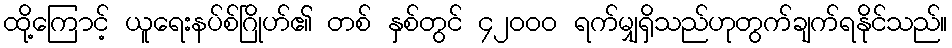
ထို့ကြောင့် ယူရေးနပ်စ်ဂြိုဟ်၏ တစ် နှစ်တွင် ၄၂၀၀၀ ရက်မျှရှိသည်ဟုတွက်ချက်ရနိုင်သည်။